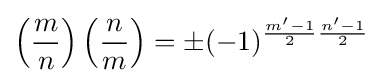
\left({\frac {m}{n}}\right)\left({\frac {n}{m}}\right)=\pm (-1)^{{\frac {m'-1}{2}}{\frac {n'-1}{2}}}